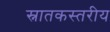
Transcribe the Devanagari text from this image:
स्नातकस्तरीय